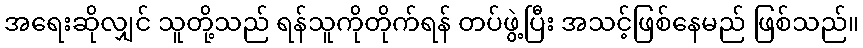
အရေးဆိုလျှင် သူတို့သည် ရန်သူကိုတိုက်ရန် တပ်ဖွဲ့ပြီး အသင့်ဖြစ်နေမည် ဖြစ်သည်။